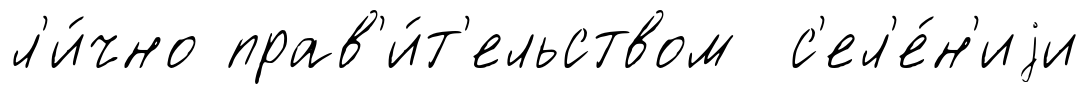
л'и́чно прав'и́т'ельством с'ел'е́н'иjи